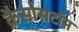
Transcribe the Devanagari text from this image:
क्रैसोसटॉम